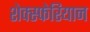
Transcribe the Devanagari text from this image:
शेक्स्फेरियान